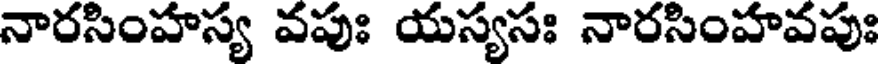
నారసింహస్య వపుః యస్యసః నారసింహవపుః